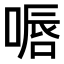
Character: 𠸸